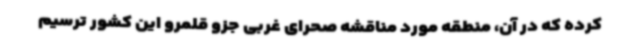
کرده که در آن، منطقه مورد مناقشه صحرای غربی جزو قلمرو این کشور ترسیم